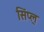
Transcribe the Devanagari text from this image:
सिंप्ल्